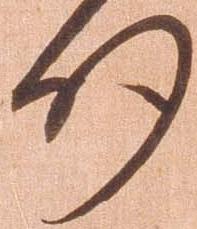
州